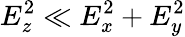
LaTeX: E_{z}^{2}\ll E_{x}^{2}+E_{y}^{2}